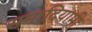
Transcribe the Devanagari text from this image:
समादियामी